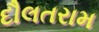
દૌલતરામ